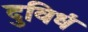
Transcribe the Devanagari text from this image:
दुविधं